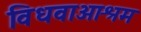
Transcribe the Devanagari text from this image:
विधवाआश्रम